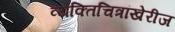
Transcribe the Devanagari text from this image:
व्यक्तिचित्रांखेरीज